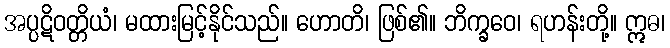
အပ္ပဋိဝတ္တိယံ၊ မထားမြင့်နိုင်သည်။ ဟောတိ၊ ဖြစ်၏။ ဘိက္ခဝေ၊ ရဟန်းတို့။ ဣဓ၊